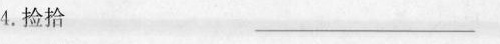
4. 捡拾 ——